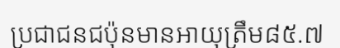
ប្រជាជនជប៉ុនមានអាយុត្រឹម៨៥.៧